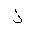
Letter: _thal